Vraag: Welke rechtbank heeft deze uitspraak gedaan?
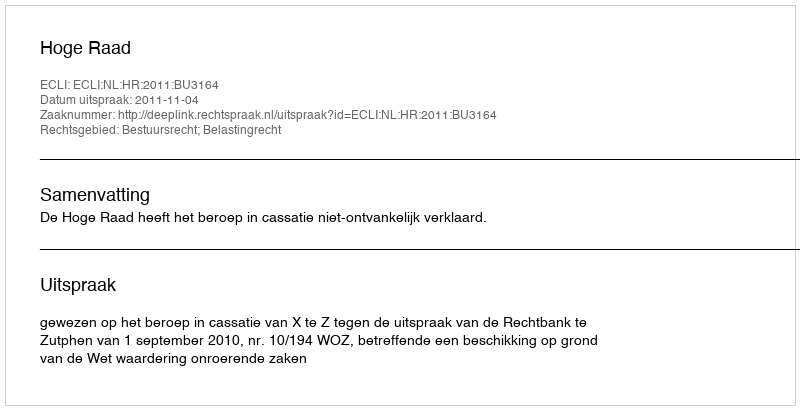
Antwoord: Hoge Raad